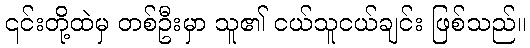
၎င်းတို့ထဲမှ တစ်ဦးမှာ သူ၏ ငယ်သူငယ်ချင်း ဖြစ်သည်။